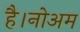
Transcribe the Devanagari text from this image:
है।नोअम